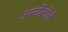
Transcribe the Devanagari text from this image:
आन्टोलॉजी